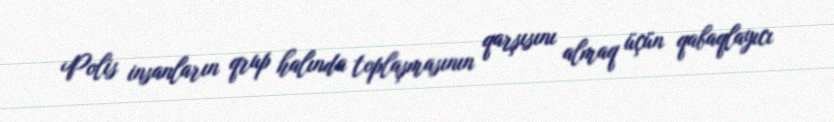
Polis insanların qrup halında toplaşmasının qarşısını almaq üçün qabaqlayıcı